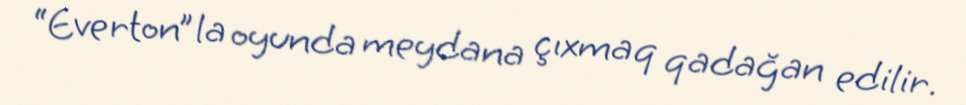
“Everton”la oyunda meydana çıxmaq qadağan edilir.